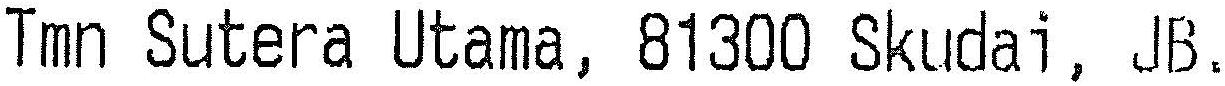
TMN SUTERA UTAMA, 81300 SKUDAI, JB.